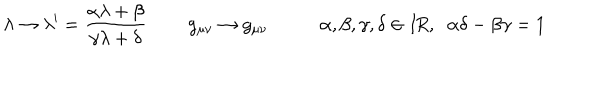
LaTeX: \lambda \rightarrow \lambda ^ { \prime } = \frac { \alpha \lambda + \beta } { \gamma \lambda + \delta } \; \; g _ { \mu \nu } \rightarrow g _ { \mu \nu } \; \alpha , \beta , \gamma , \delta \in I \! R , \; \; \alpha \delta - \beta \gamma = 1